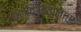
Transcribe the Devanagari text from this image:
बश्बिभावानाचा